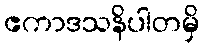
ဧကာဒသနိပါတမှိ